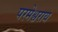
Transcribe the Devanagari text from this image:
परमेश्वराय